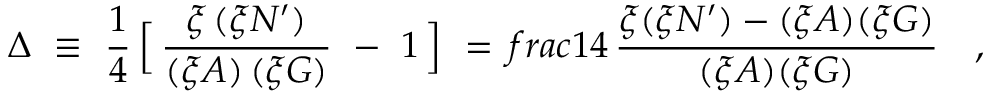
\Delta \ \equiv \ \frac { 1 } { 4 } \, \Big [ \, \frac { \xi \, ( \xi N ^ { \prime } ) } { ( \xi A ) \, ( \xi G ) } \ - \ 1 \, \Big ] \ = \, f r a c { 1 } { 4 } \, \frac { \xi ( \xi N ^ { \prime } ) - ( \xi A ) ( \xi G ) } { ( \xi A ) ( \xi G ) } \ \ \ ,